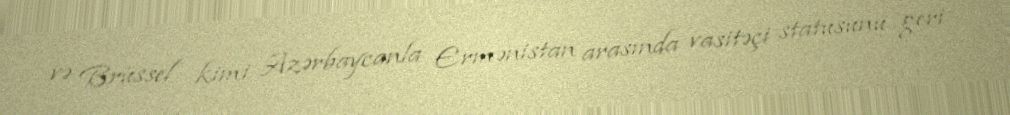
və Brüssel kimi Azərbaycanla Ermənistan arasında vasitəçi statusunu geri